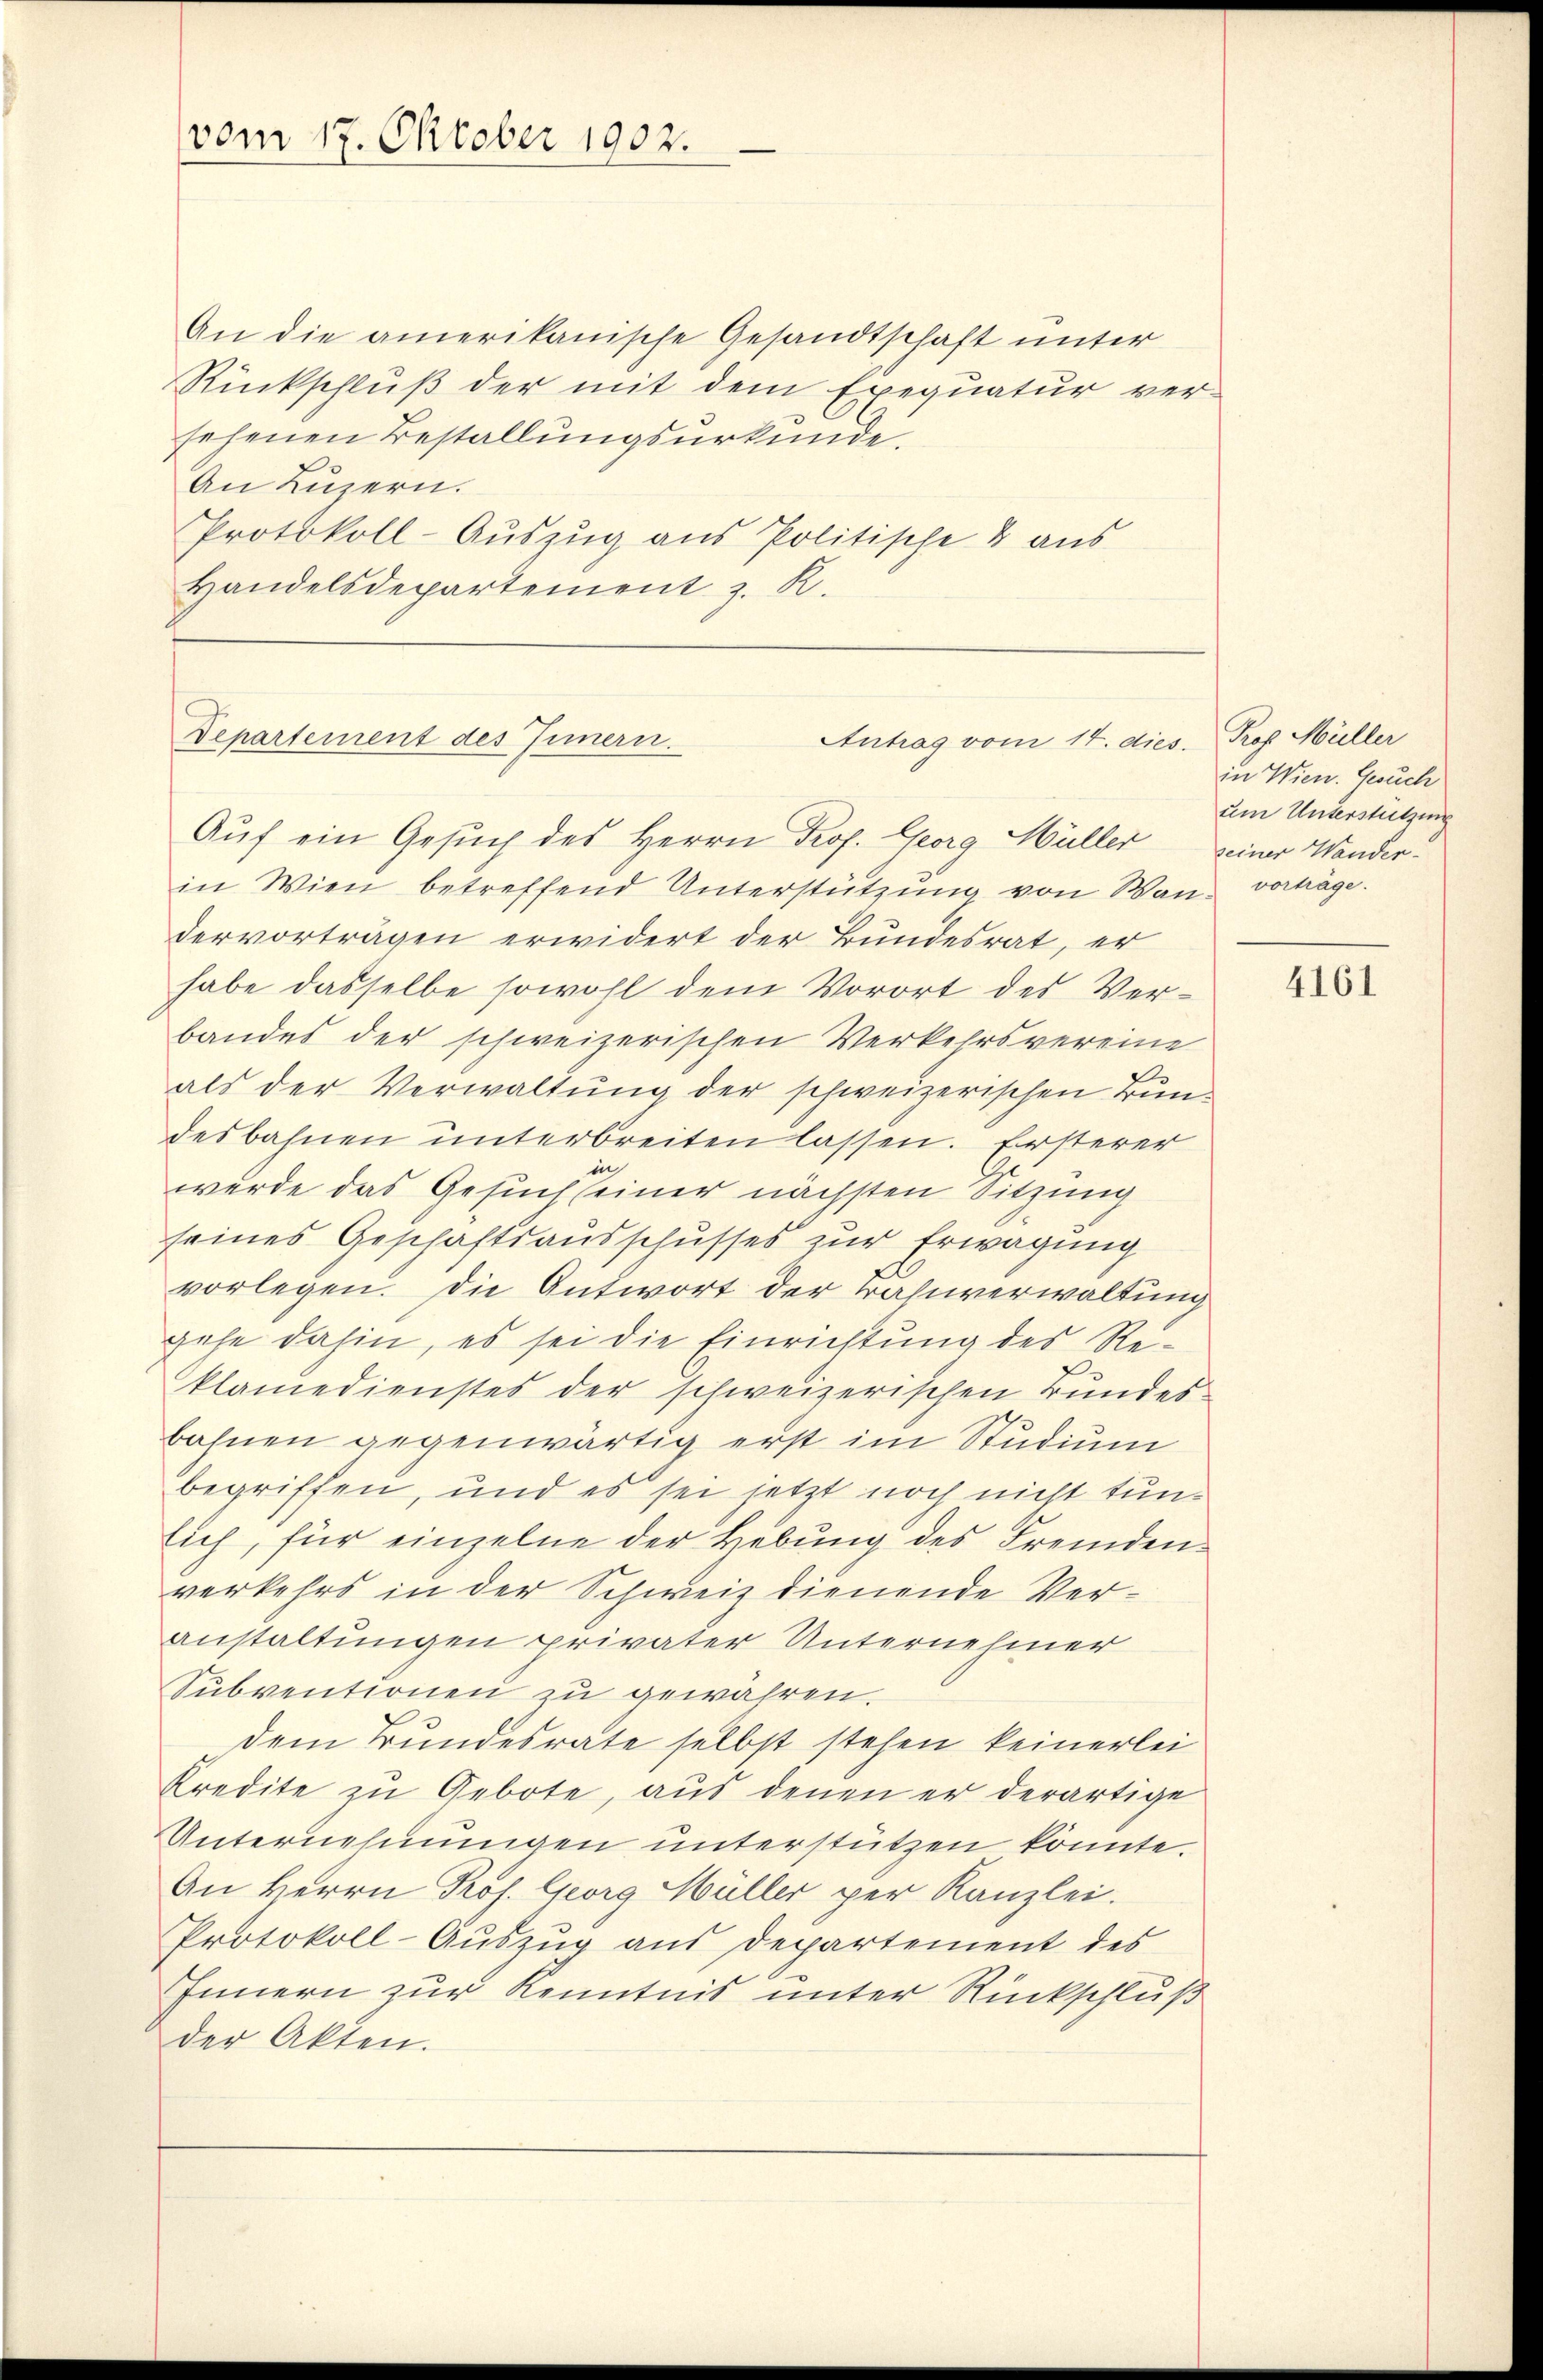
vom 17. Oktober 1902.

An die amerikanische Gesandtschaft unter
Rückschluß der mit dem Exequatur versehenen Bestallungsurkunde.
An Luzern.
Protokoll-Auszug aus Politische & aus
Handelsdepartement z. R.

Departement des Innern.
Antrag vom 14. dies
Auf ein Gesuch des Herrn Prof. Georg Müller seiner Wander¬

in Wien betreffend Unterstützung von Wan- vorträge.
dervorträgen erwidert der Bundesrat, er
habe dasselbe sowohl dem Vorort des Verbandes der schweizerischen Verkehrsvereine
als der Verwaltŭng der schweizerischen Bundes bahnen unterbreiten lassen. Ersterer
in
werde das Gesuch seiner nächsten Sitzung
seines Geschaftsausschusses zur Erwägung
vorlegen. Die Antwort der Bahnverwaltung
gehe dahin, es sei die Einrichtung des Re-
klamedienstes der schweizerischen Bundes-
bahnen gegenwärtig erst im Studium
begriffen, und es sei jetzt noch nicht tunlich, für einzelne der Hebung des Fremdenverkehrs in der Schweiz dienende Veranstaltungen privater Unternehmer
Subventionen zu gewähren.
dem Bundesrate selbst stehen keinerlei
Kredite zu Gebote, aus denen er derartige
Unternehmungen unterstützen könnte.
An Herrn Prof. Georg Müller per Kanzlei.
Protokoll-Auszug aus Departement des
Innern zur Kenntnis unter Rückschluß
der Akten.

. Prof. Müller
in Wien. Gesuch
um Unterstützung

4161